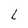
Character: L